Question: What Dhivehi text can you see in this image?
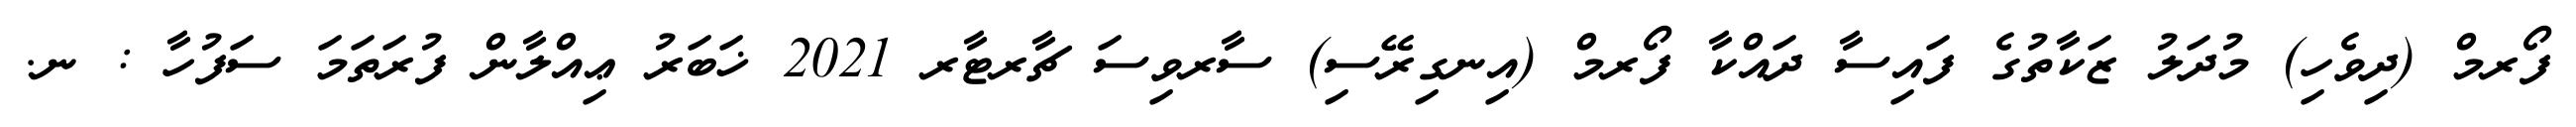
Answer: ފޯރމް (ދިވެހި) މުދަލު ޒަކާތުގެ ފައިސާ ދައްކާ ފޯރމް (އިނގިރޭސި) ސާރވިސަ ޗާރޓާރ 2021 ޚަބަރު ޢިއްލާން ފުރަތަމަ ސަފުހާ : ނ.